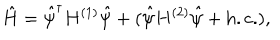
\hat { H } = \hat { \psi } ^ { \dagger } H ^ { ( 1 ) } \hat { \psi } + ( \hat { \psi } H ^ { ( 2 ) } \hat { \psi } + \mathrm { h . c . } ) ,